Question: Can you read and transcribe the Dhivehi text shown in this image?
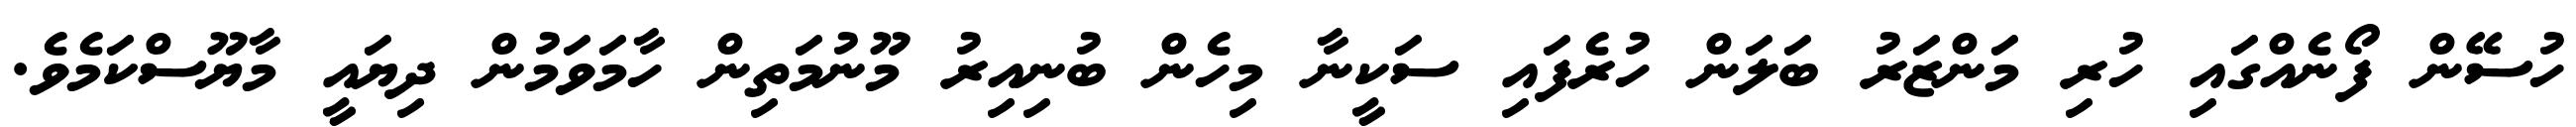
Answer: ހުސޭން ފޯނެއްގައި ހުރި މަންޒަރު ބަލަން ހުރެފައި ސަކީނާ މިހެން ބުނިއިރު މޫނުމަތިން ހާމަވަމުން ދިޔައީ މާޔޫސްކަމެވެ.